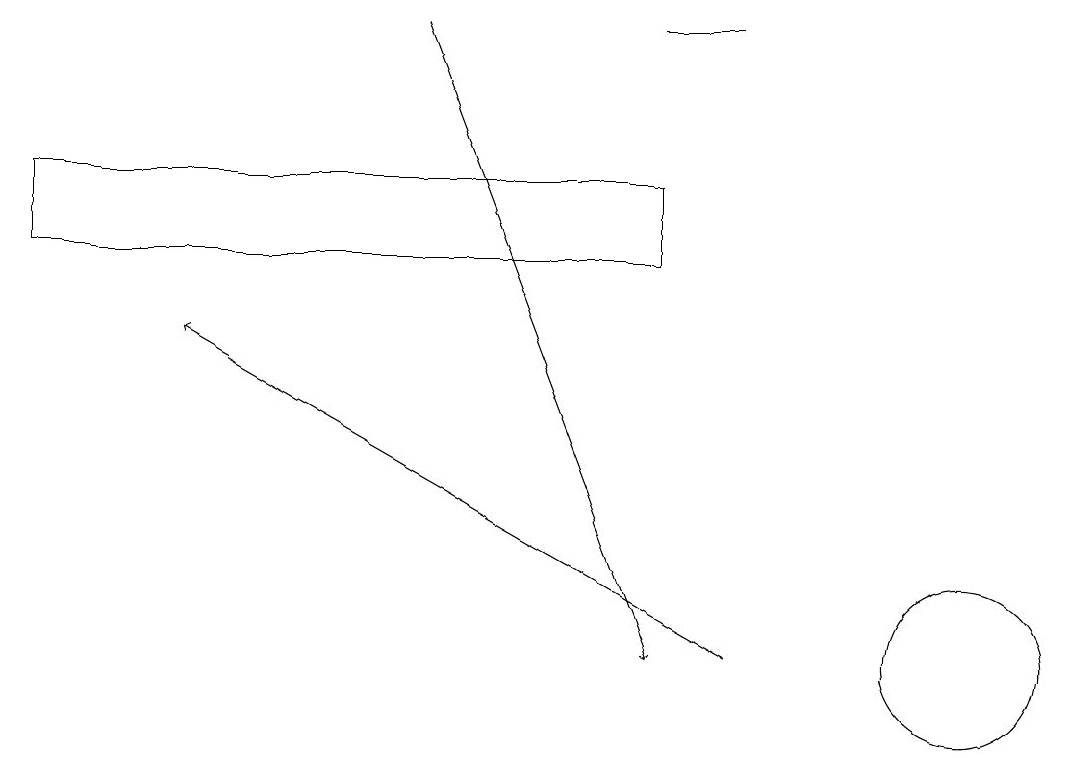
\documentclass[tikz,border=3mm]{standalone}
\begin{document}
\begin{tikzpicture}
\draw[->] (9,10) -- (2,14);
\draw (8,18) rectangle (9,18);
\draw (12,10) circle (1);
\draw (8,15) rectangle (0,16);
\draw[->] (5,18) -- (8,10);
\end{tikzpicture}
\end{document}